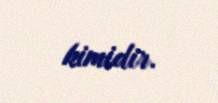
kimidir.